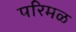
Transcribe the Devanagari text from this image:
परिमळ